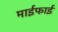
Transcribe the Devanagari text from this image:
माईफाई